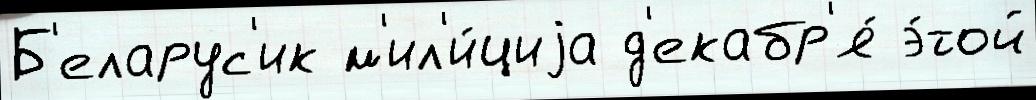
Б'еларус'ик м'ил'и́циjа д'екабр'я́ э́той